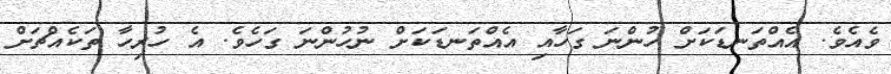
ވެއެވެ. އެއްތަނޑަކަށް ހުންނަ ގަހާއި އެއްތަނޑަކަށް ނުހުންނަ ގަހެވެ. އެ ހުރިހާ ތަކެއްޗަށް